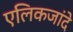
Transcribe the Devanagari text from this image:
एलिकजांदे